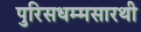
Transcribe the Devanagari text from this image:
पुरिसधम्मसारथी